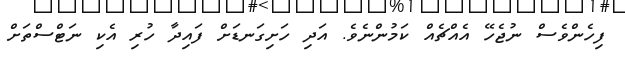
ފިހެންވެސް ނުޖެހޭ އެއްޗެއް ކަމުންނެވެ. އަދި ހަށިގަނޑަށް ފައިދާ ހުރި އެކި ނަޓްސްތަށް